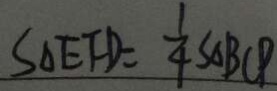
S _ { \Delta } E F D = \frac { 1 } { 4 } S _ { \Delta } B C P